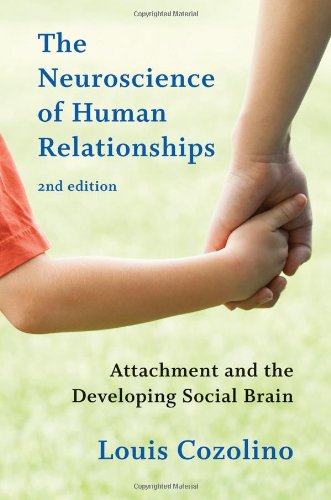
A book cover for The Neuroscience of Human Relationships: Attachment and the Developing Social Brain (Second Edition)  (Norton Series on Interpersonal Neurobiology); Louis Cozolino; Medical Books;